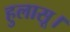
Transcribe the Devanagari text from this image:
हुलासू।